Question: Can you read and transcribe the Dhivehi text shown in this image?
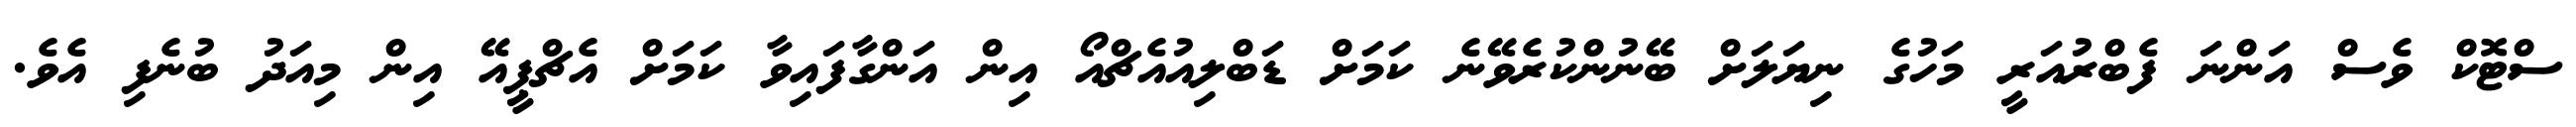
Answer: ސްޓޮކް ވެސް އަންނަ ފެބްރުއަރީ މަހުގެ ނިޔަލަށް ބޭނުންކުރެވޭނެ ކަމަށް ޑަބްލިއުއެޗްއޯ އިން އަންގާފައިވާ ކަމަށް އެޗްޕީއޭ އިން މިއަދު ބުނެފި އެވެ.